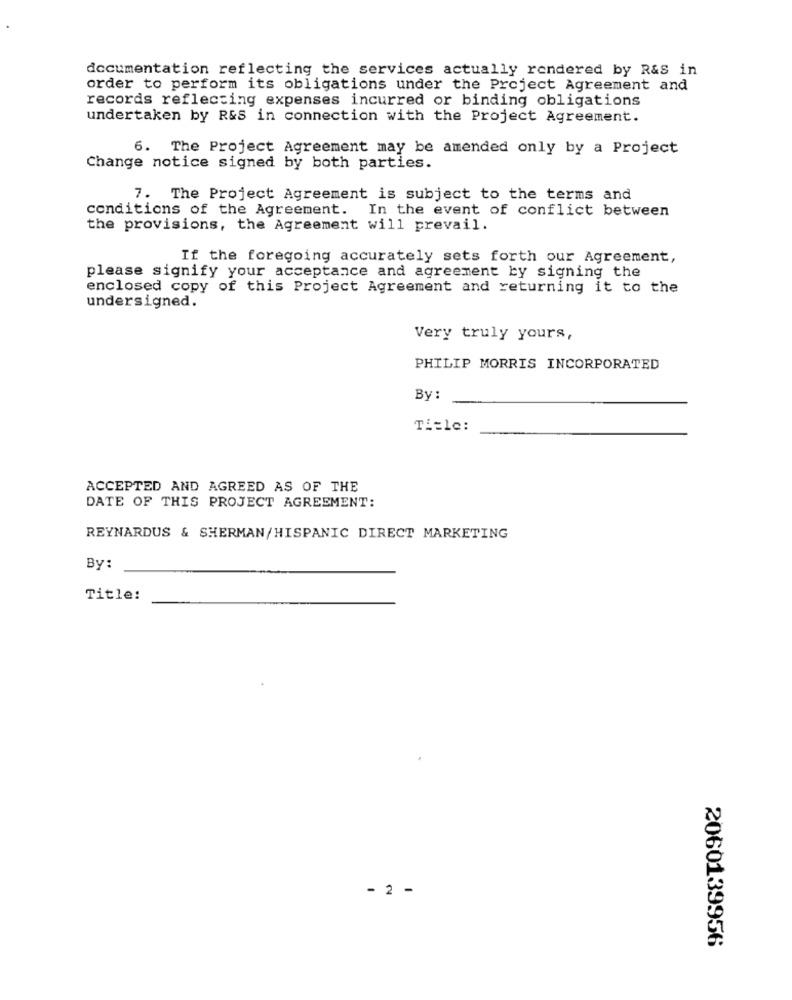
documentation reflecting the services actually rendered by R&S in
order to perform its obligations under the Project Agreement and
records reflecting expenses incurred or binding obligations
undertaken by R&S in connection with the Project Agreement.
6. The Project Agreement may be amended only by a Project
Change notice signed by both parties.
7. The Project Agreement is subject to the terms and
conditions of the Agreement. In the event of conflict between
the provisions, the Agreement will prevail.
If the foregoing accurately sets forth our Agreement,
please signify your acceptance and agreement by signing the
enclosed copy of this Project Agreement and returning it to the
undersigned.
Very truly yours,
PHILIP MORRIS INCORPORATED
By :
Title:
ACCEPTED AND AGREED AS OF THE
DATE OF THIS PROJECT AGREEMENT:
REYNARDUS & SHERMAN/HISPANIC DIRECT MARKETING
By:
Title:
- 2 -
2060139956